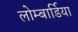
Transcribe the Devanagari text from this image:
लोम्बार्डिया